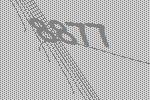
8877